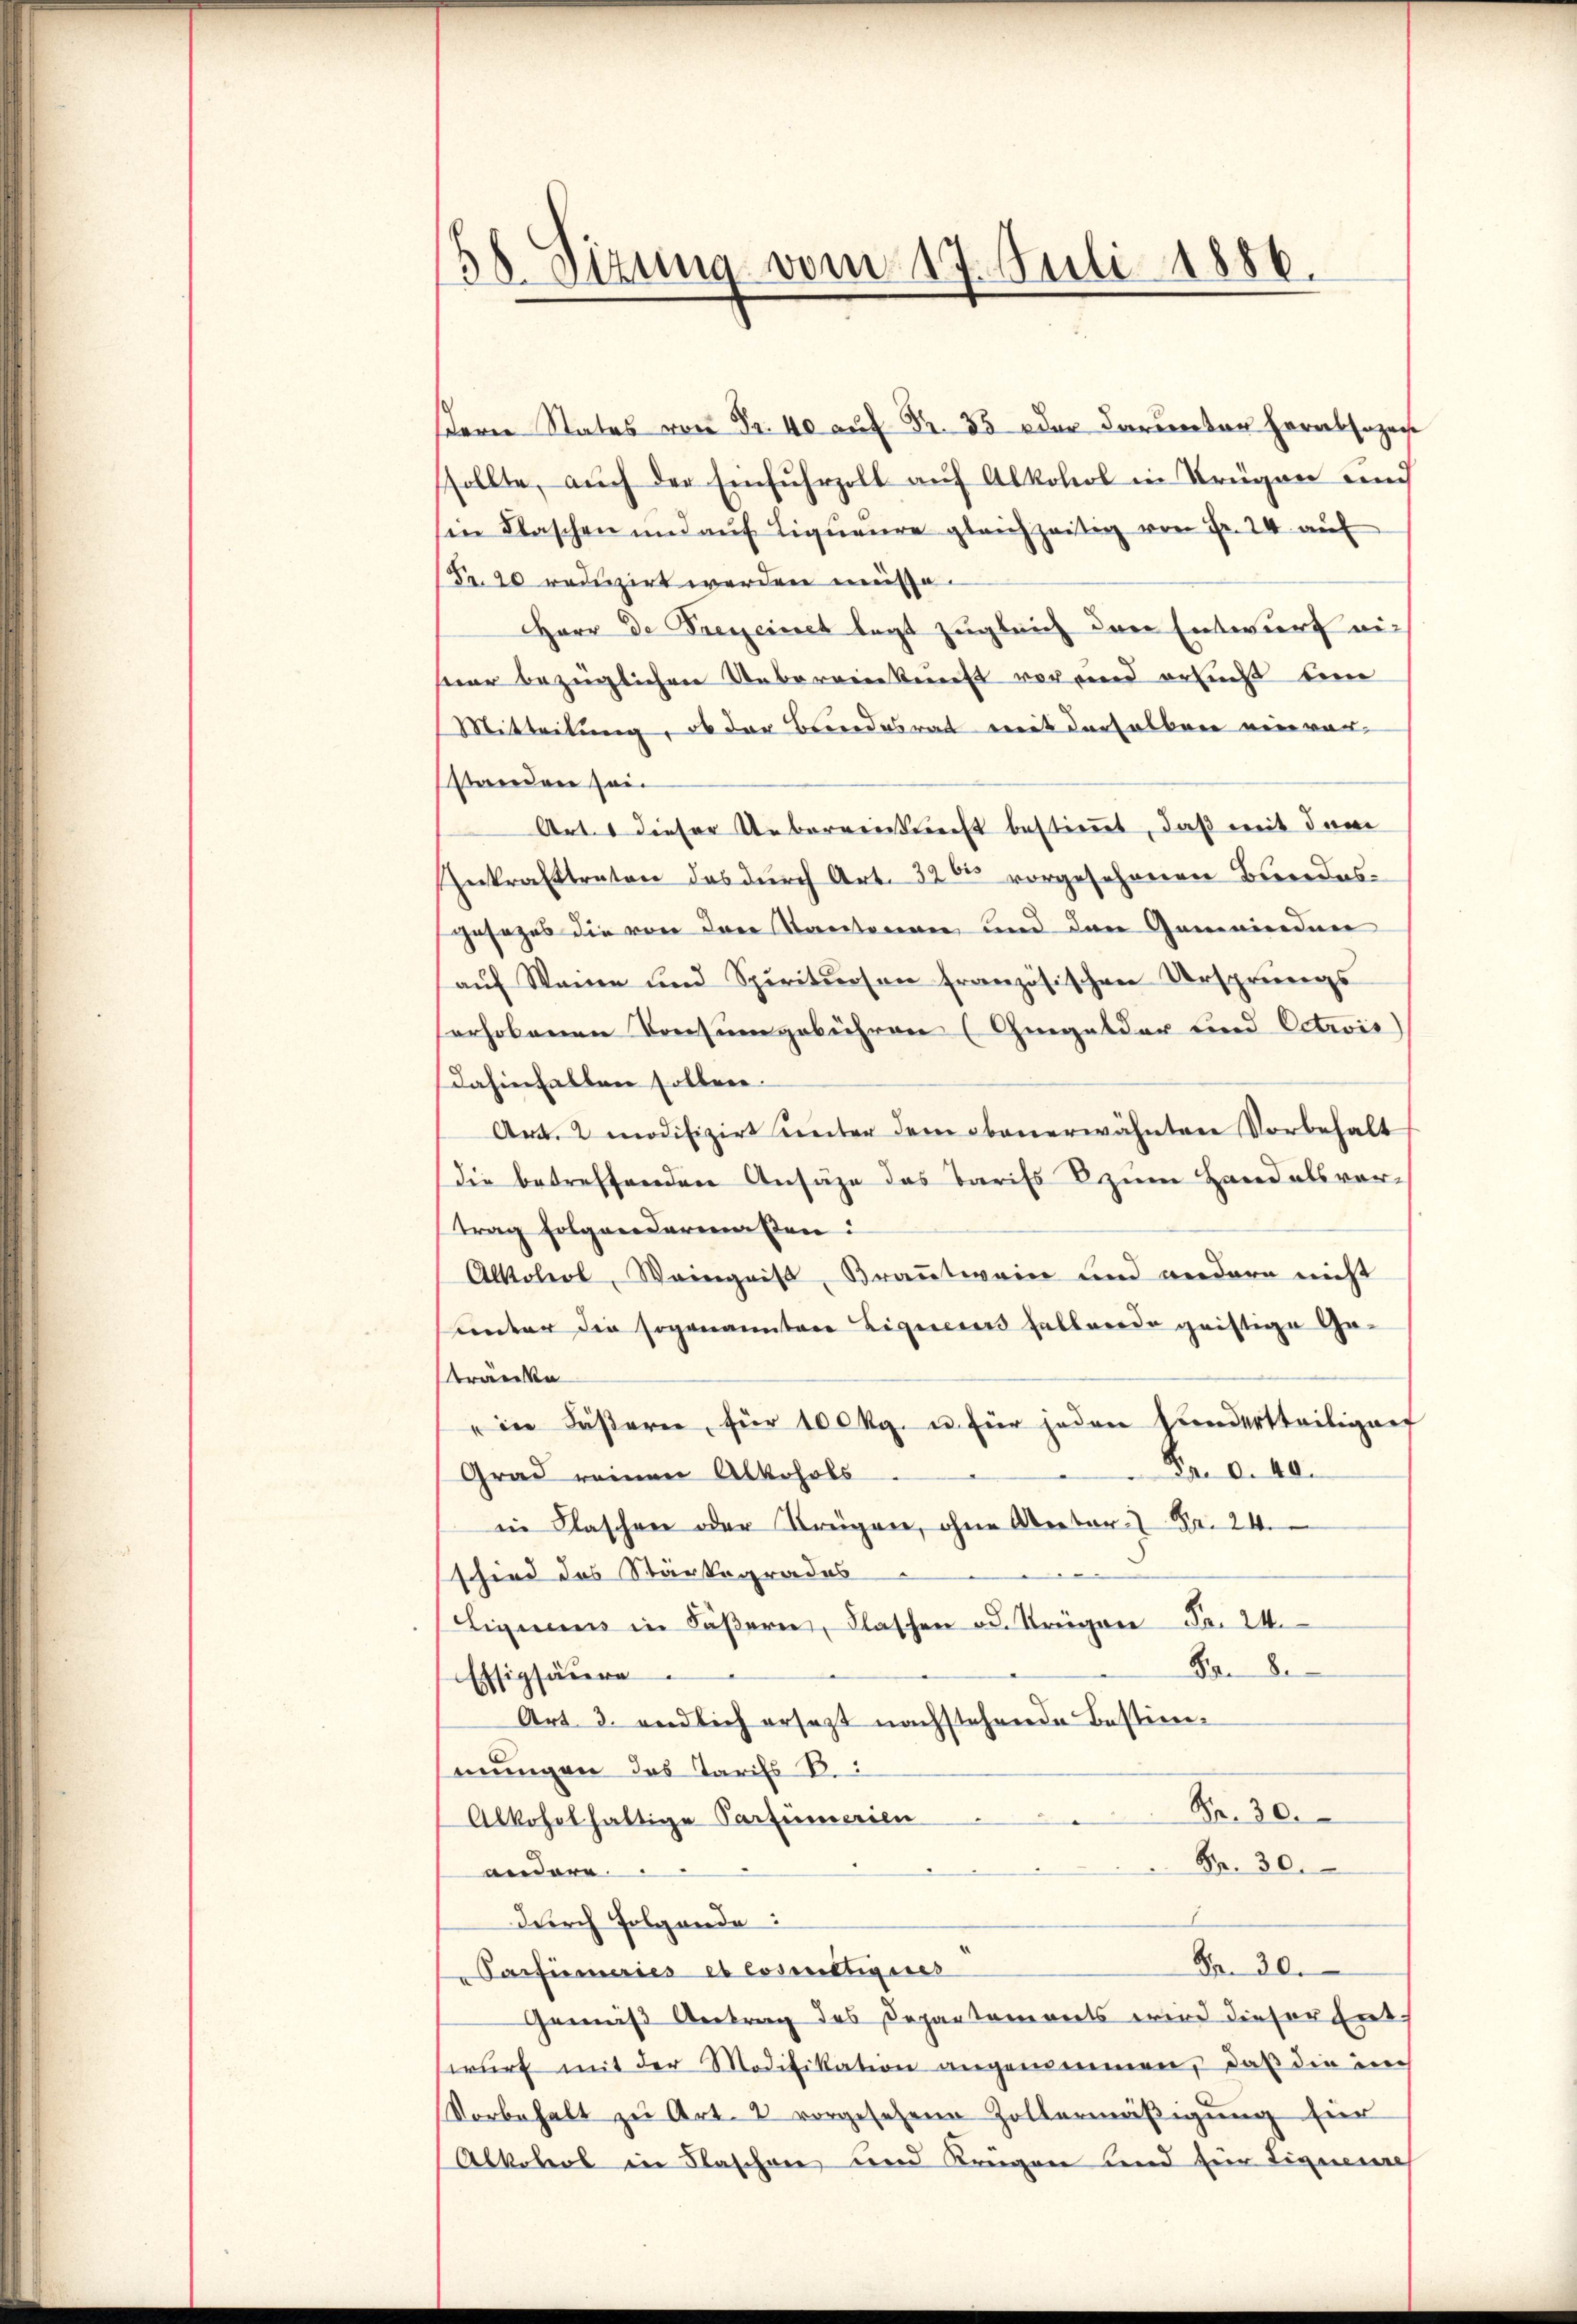
58. Sizung vom 17. Juli 1886.

sern States von Fr. 40 auf Fr. 33 oder darunter herabsezeige
ssollte, auch der Einfuhrzoll auf Alkohol in Krügen und
sie Waschen und aŭf Liqŭeŭre gleichzeitig von Fr. 24. aŭf
Fr. 20 reduzirt werden müsse.
Herr De Treueret legt zugleich den Entwurf mich
Heer bezüglichen Uebereinkunft vorand ersucht um
Mitteilung, ob der Beendesrat mit derselben einver-
standen sei
Art. 1 dieser Ueberrenkunft bestimmt, daß mit dem
Inkrafttreten das durch Art. 3200 vorgesehenen Beendesgesezes die von den Kantonen und den Gemeinden
aŭf Weine und Spirituosen französischen Ursprungs-
serhobenen Konsumgebühren (Angelder und Octrois
dahinfallen sollen.
Art. 2 modifizirt unter dem obenerwähnten Vorbehalt
die betreffenden Ansähe das Tarifs 8 zum Handelsvortrag folgendermaßen:
Alkohol, Weingnis, Braṅtwein und andern nicht
unter die sogenannten Ligenes fallende geistige Gatränke
" in Fäßern, für 100 kg. u. für jeden Handertheiligung
Fr. 6. 40.
Grad reinen Alkohols
in Flaschen oder Krügen, ohne Anton Fr. 24.
.
schied des Stärkegrades
Liguens in Fäßern, Flaschen od. Krügen Fr. 24.
Von 8
Essigsäure
Art. 3. endlich ersezt nachstehende Bestimmungen des Tarifs B.
Fr. 30.
Alkohelhaltige Parfumerien
Fr. 30.
andere.
E
durch Folgende:
Fr. 30.
Carfumaies et cosiltigires
Gemäß Antrag des Departements wird dieser Entwŭrf mit der Modifikation angemeinen, daß die in
Vorbehalt zu Art. 2 vorgesehene Zollermäβigŭng für
Alkobers in Flaschen und Krügen und für Ligueure